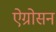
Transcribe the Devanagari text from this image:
ऐग्रोसन